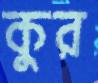
কুর